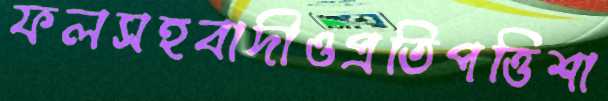
ফলসহবাদীওপ্রতিপত্তিশা